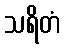
သရိတံ